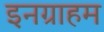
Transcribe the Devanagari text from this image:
इनग्राहम